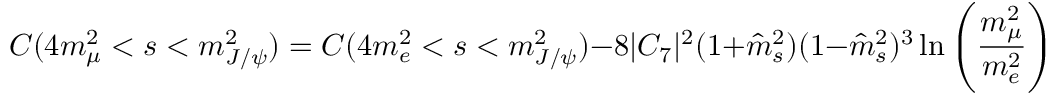
C ( 4 m _ { \mu } ^ { 2 } < s < m _ { J / \psi } ^ { 2 } ) = C ( 4 m _ { e } ^ { 2 } < s < m _ { J / \psi } ^ { 2 } ) - 8 | C _ { 7 } | ^ { 2 } ( 1 + \hat { m } _ { s } ^ { 2 } ) ( 1 - \hat { m } _ { s } ^ { 2 } ) ^ { 3 } \ln \left( \frac { m _ { \mu } ^ { 2 } } { m _ { e } ^ { 2 } } \right) .